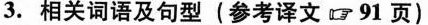
3. 相关词语及句型 ( 参考译文91页 )